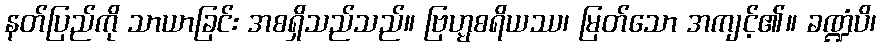
နတ်ပြည်ကို သာယာခြင်း အစရှိသည်သည်။ ဗြဟ္မစရိယဿ၊ မြတ်သော အကျင့်၏။ ခဏ္ဍံပိ၊